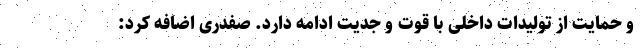
و حمایت از تولیدات داخلی با قوت و جدیت ادامه دارد. صفدری اضافه کرد: